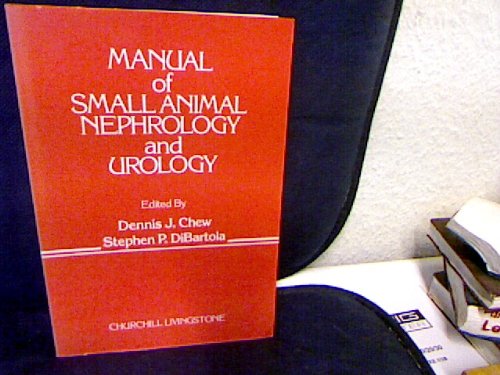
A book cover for Manual of Small Animal Nephrology and Urology; D.J. Chew; Medical Books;